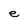
Character: e